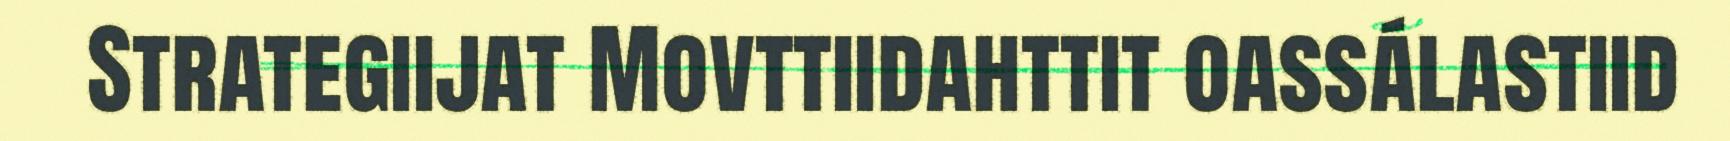
Strategiijat Movttiidahttit oassálastiid